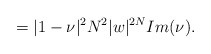
\begin{align*}=|1-\nu|^2N^2|w|^{2N}Im(\nu).\end{align*}